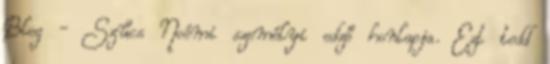
Blog - Szűcs Noémi személyi edző honlapja. Ezt tedd